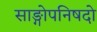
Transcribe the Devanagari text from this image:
साङ्गोपनिषदो